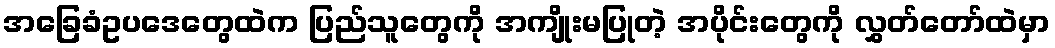
အခြေခံဥပဒေတွေထဲက ပြည်သူတွေကို အကျိုးမပြုတဲ့ အပိုင်းတွေကို လွှတ်တော်ထဲမှာ